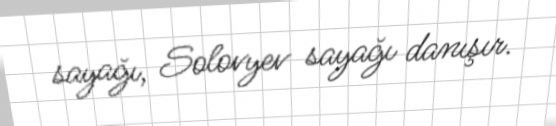
sayağı, Solovyev sayağı danışır.